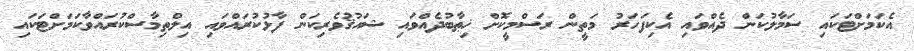
އެކަމަށްޓަކައި ސަމާލުކަން ދެއްވައި އެކިފަހަރު މަތީން ރަސްމީކޮށް ޚިޠާބުދެއްވައި ޝައުޤުވެރިކަން ފާޅުކުރައްވައި އިލްތިމާސްކުރައްވާކަމަށްޓަކައި